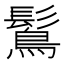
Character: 𪄒